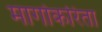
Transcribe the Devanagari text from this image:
मार्गाकरिता